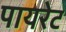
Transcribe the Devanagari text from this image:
पायरेट